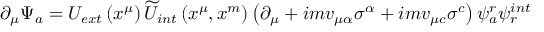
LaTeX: \partial _ { \mu } \Psi _ { a } = U _ { e x t } \left( x ^ { \mu } \right) \widetilde { U } _ { i n t } \left( x ^ { \mu } , x ^ { m } \right) \left( \partial _ { \mu } + i m v _ { \mu \alpha } \sigma ^ { \alpha } + i m v _ { \mu c } \sigma ^ { c } \right) \psi _ { a } ^ { r } \psi _ { r } ^ { i n t }